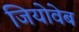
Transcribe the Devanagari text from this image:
जियोवेब